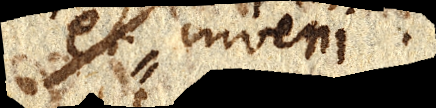
et inveni.